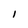
Character: l